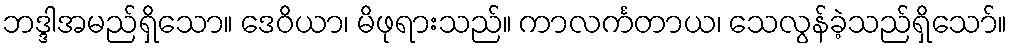
ဘဒ္ဒါအမည်ရှိသော။ ဒေဝိယာ၊ မိဖုရားသည်။ ကာလင်္ကတာယ၊ သေလွန်ခဲ့သည်ရှိသော်။